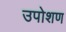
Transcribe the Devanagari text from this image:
उपोशण